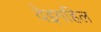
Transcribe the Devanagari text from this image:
वेइगहिल